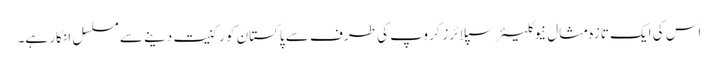
اس کی ایک تازہ مثال نیوکلیئر سپلائرز گروپ کی طرف سے پاکستان کو رکنیت دینے سے مسلسل انکار ہے۔